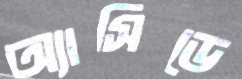
অ্যাসিডে